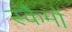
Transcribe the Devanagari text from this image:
स्कैमों